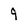
Character: 9